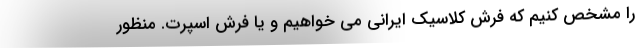
را مشخص کنیم که فرش کلاسیک ایرانی می خواهیم و یا فرش اسپرت. منظور